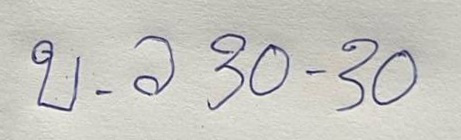
บ . ล 30 - 30